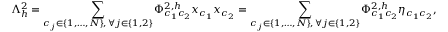
\Lambda _ { h } ^ { 2 } = \sum _ { \substack { c _ { j } \in \{ 1 , \dots , N \} , \, \forall j \in \{ 1 , 2 \} } } \Phi _ { c _ { 1 } c _ { 2 } } ^ { 2 , h } x _ { c _ { 1 } } x _ { c _ { 2 } } = \sum _ { \substack { c _ { j } \in \{ 1 , \dots , N \} , \, \forall j \in \{ 1 , 2 \} } } \Phi _ { c _ { 1 } c _ { 2 } } ^ { 2 , h } \eta _ { c _ { 1 } c _ { 2 } } ,